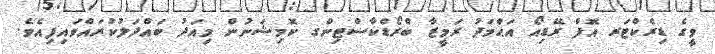
ވީގެ ޑިރެކްޓަރ އޮފް ރޭޑިއޯ އަޙްމަދު ރަމީޒާ ބްރޯޑްކާސްޓިންގ ކޮމިޝަނުން މިއަދު ބައްދަލުކުރައްވައިފިއެވެ.